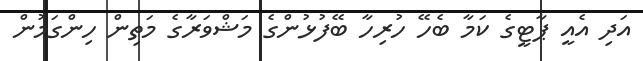
އަދި އެއީ ޕާޓީގެ ކަމާ ބެހޭ ހުރިހާ ބޭފުޅުންގެ މަޝްވަރާގެ މަތިން ހިންގަމުން